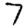
Digit: 7